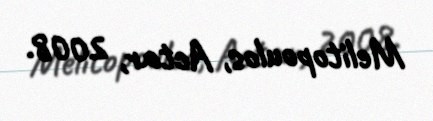
Melitopoulos, Actar, 2008.